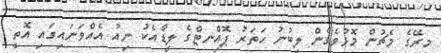
މިރޭގެ މެޗުން މޮޅުވެގެން ލިބުނު ހަތަރު ޕޮއިްނޓްގެ ލީޑާއެކު ނިއު އެއްވަނައިގައި އޮތީ